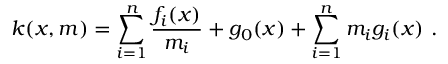
k ( x , m ) = \sum _ { i = 1 } ^ { n } \frac { f _ { i } ( x ) } { m _ { i } } + g _ { 0 } ( x ) + \sum _ { i = 1 } ^ { n } m _ { i } g _ { i } ( x ) \ .